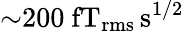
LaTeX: {\sim}200~\mathrm{fT_{rms}\, s^{1/2}}